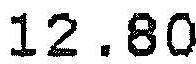
12.80